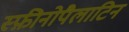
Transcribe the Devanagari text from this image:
स्फ़ीनोपैलाटिन